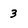
Character: 3